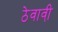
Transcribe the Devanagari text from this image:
ठेवावी़